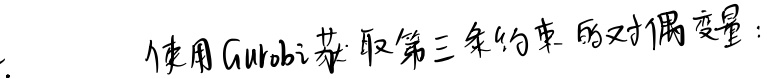
使用Gurobi获取第三条约束的对偶变量：